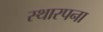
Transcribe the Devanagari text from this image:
स्थारपना